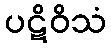
ပဋိဝိသံ